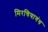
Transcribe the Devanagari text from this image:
मिरचियागंध